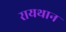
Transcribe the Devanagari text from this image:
रायथान